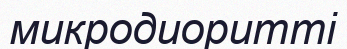
микродиоритті